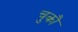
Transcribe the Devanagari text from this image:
चुकौ